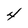
Character: 4